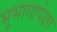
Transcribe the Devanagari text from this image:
भूभागापेक्षा